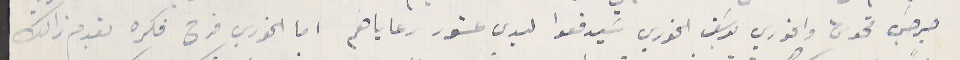
جرجسَ تحومى والخوري يوسَف الخوري سَيدفعوا ليدى عشور رعاياهم اما الخوري فرح فكره يقدم ذالك